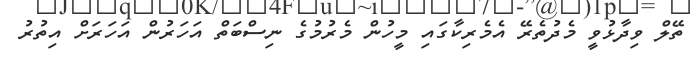
ތޭލް ވިދާޅުވީ މެދުތެރޭ އެމެރިކާގައި މީހުން މެރުމުގެ ނިސްބަތް އަހަރުން އަހަރަށް އިތުރު